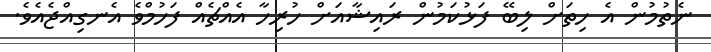
ނެތުމުން އެ ހިތަށް ލިބޭ ފަޅުކަމުން ރައިޝާއަށް ހުރިހާ އެއްޗެއް ފަހުމްވެ އެނގިއްޖެއެވެ.